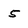
Character: 5